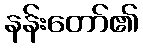
နန်းတော်၏